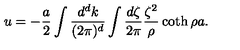
u = - { \frac { a } { 2 } } \int { \frac { d ^ { d } k } { ( 2 \pi ) ^ { d } } } \int { \frac { d \zeta } { 2 \pi } } { \frac { \zeta ^ { 2 } } { \rho } } \coth \rho a .